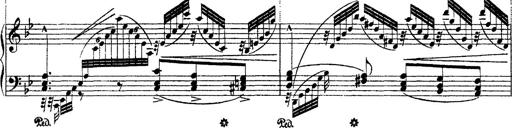
Title: Ã‰tudes d'exÃ©cution transcendante d'aprÃ¨s Paganini
Composer: Franz Liszt